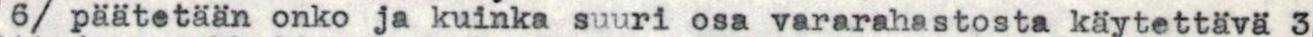
6/ päätetään onko ja kuinka suuri osa vararahastosta käytettävä 3